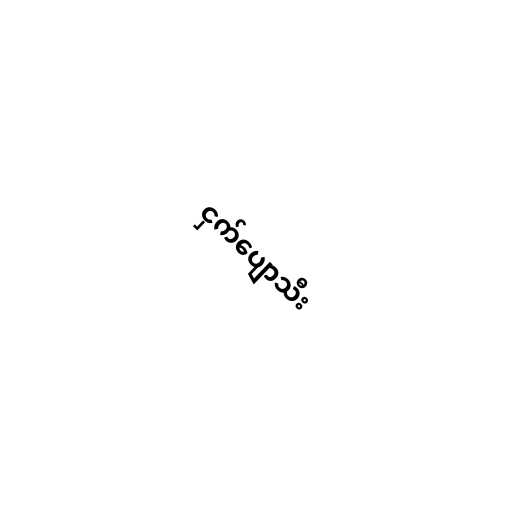
ငှက်ပျောသီး